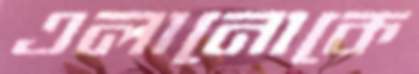
এলানোকে